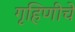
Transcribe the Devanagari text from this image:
गृहिणीचे